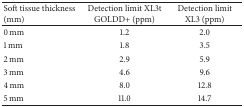
<table><thead><tr><td><b>Soft tissue thickness (mm)</b></td><td><b>Detection limit XL3t GOLDD+ (ppm)</b></td><td><b>Detection limit XL3 (ppm)</b></td></tr></thead><tbody><tr><td>0 mm</td><td>1.2</td><td>2.0</td></tr><tr><td>1 mm</td><td>1.8</td><td>3.5</td></tr><tr><td>2 mm</td><td>2.9</td><td>5.9</td></tr><tr><td>3 mm</td><td>4.6</td><td>9.6</td></tr><tr><td>4 mm</td><td>8.0</td><td>12.8</td></tr><tr><td>5 mm</td><td>11.0</td><td>14.7</td></tr></tbody></table>